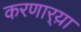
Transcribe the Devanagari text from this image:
करणार्‍य़ा